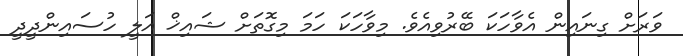
ވަރަށް ގިނައިން އެވާހަކަ ބޭރުވިއެވެ. މިވާހަކަ ހަމަ މިގޮތަށް ޝައިޚް އަލީ ހުސައިންދީދީ